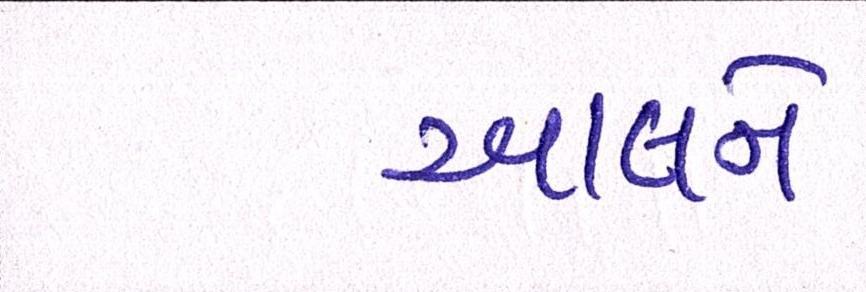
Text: આલને